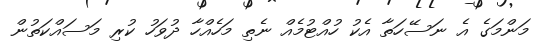
މަންމަގެ އެ ނަސޭހަތާ އެކު ހުއްޓުމެއް ނެތި މަހެއްހާ ދުވަހު ކުރި މަސައްކަތުން